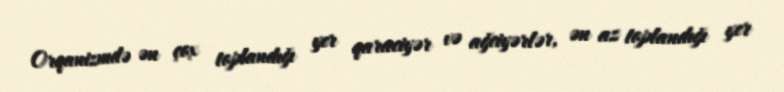
Orqanizmdə ən çox toplandığı yer qaraciyər və ağciyərlər, ən az toplandığı yer